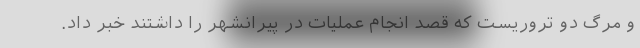
و مرگ دو تروریست که قصد انجام عملیات در پیرانشهر را داشتند خبر داد.